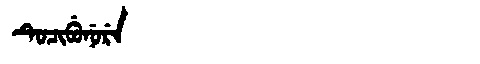
Manchu: ᡨᡠᠴᡳᠪᡠᠨᡠᡵᡝ
Romanization: TUCIBUNURE